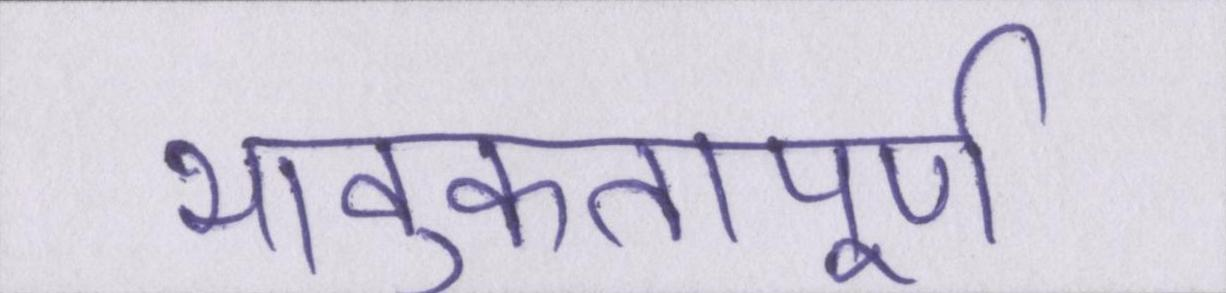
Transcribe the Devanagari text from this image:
भावुकतापूर्ण